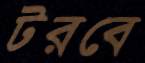
টরবে